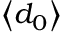
\ensuremath { \left\langle d _ { 0 } \right\rangle }